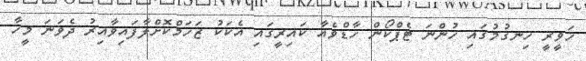
ހަވީރީ ހިނގުމުގައި ހުންނަ ޓެޕްކޯން ހާޑްވެއާ ކައިރީގައި އެކަކު ޒަހަމްކޮށްލާފައިވާއިރު ދެވަނަ މީހާ